Problem: 17 + 49 = ?
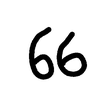
Handwritten answer: 66